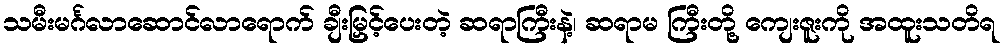
သမီးမင်္ဂလာဆောင်လာရောက် ချီးမြှင့်ပေးတဲ့ ဆရာကြီးနဲ့၊ ဆရာမ ကြီးတို့ ကျေးဇူးကို အထူးသတိရ